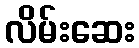
လိမ်းဆေး